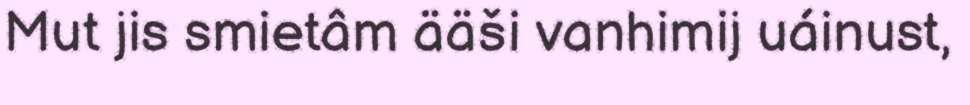
Mut jis smietâm ääši vanhimij uáinust,